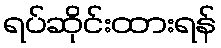
ရပ်ဆိုင်းထားရန်